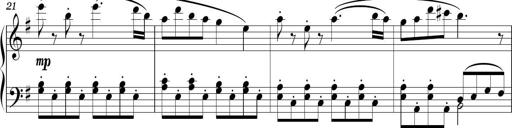
Title: Sonatina in E minor
Composer: Shuwen Zhang
Key: E minor